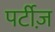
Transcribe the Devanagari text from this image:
पर्टीज़